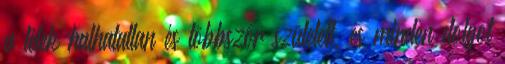
a lélek halhatatlan és többször született, és minden dolgot